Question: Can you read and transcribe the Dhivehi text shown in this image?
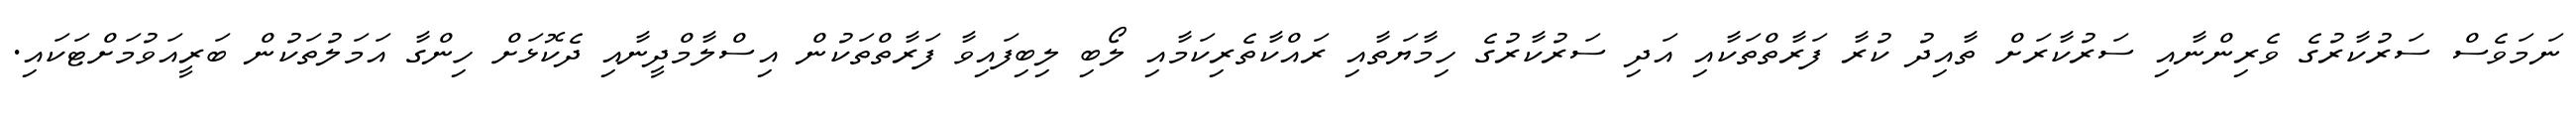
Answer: ނަމަވެސް ސަރުކާރުގެ ވެރިންނާއި ސަރުކާރަށް ތާއިދު ކުރާ ފަރާތްތަކާއި އަދި ސަރުކާރުގެ ހިމާޔަތާއި ރައްކާތެރިކަމާއި ލޯބި ލިބިފައިވާ ފަރާތްތަކުން އިސްލާމްދީނާއި ދެކޮޅަށް ހިންގާ އަމަލުތަކުން ބަރީއަވުމަށްޓަކައި.